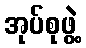
အုပ်စုဖွဲ့